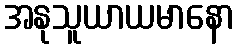
အနုသူယာယမာနော